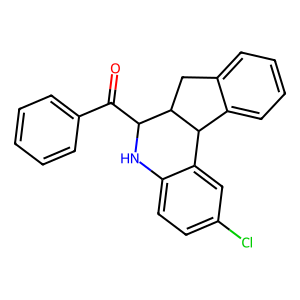
SMILES: O=C(c1ccccc1)C1Nc2ccc(Cl)cc2C2c3ccccc3CC12
Inhibits HIV replication: No